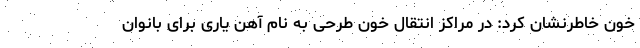
خون خاطرنشان کرد: در مراکز انتقال خون طرحی به نام آهن یاری برای بانوان